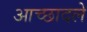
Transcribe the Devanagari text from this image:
आच्छादले